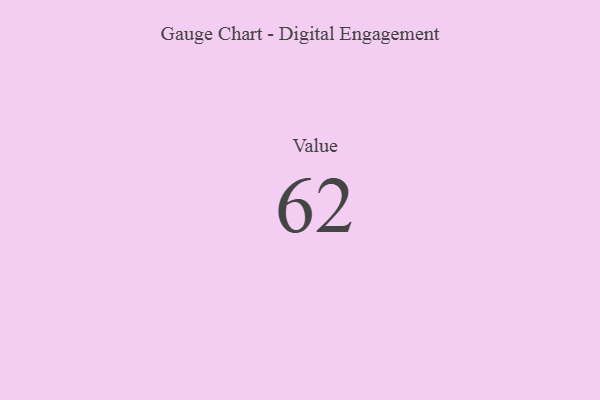
{"axis": {"x": "Metric", "y": "Value"}, "legend": [""], "data": [{"x": "Value", "y": 62, "type": ""}]}